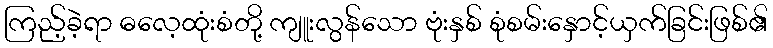
ကြည့်ခဲ့ရာ ဓလေ့ထုံးစံတို့ ကျူးလွန်သော ဗုံးနှစ် စုံစမ်းနှောင့်ယှက်ခြင်းဖြစ်၏